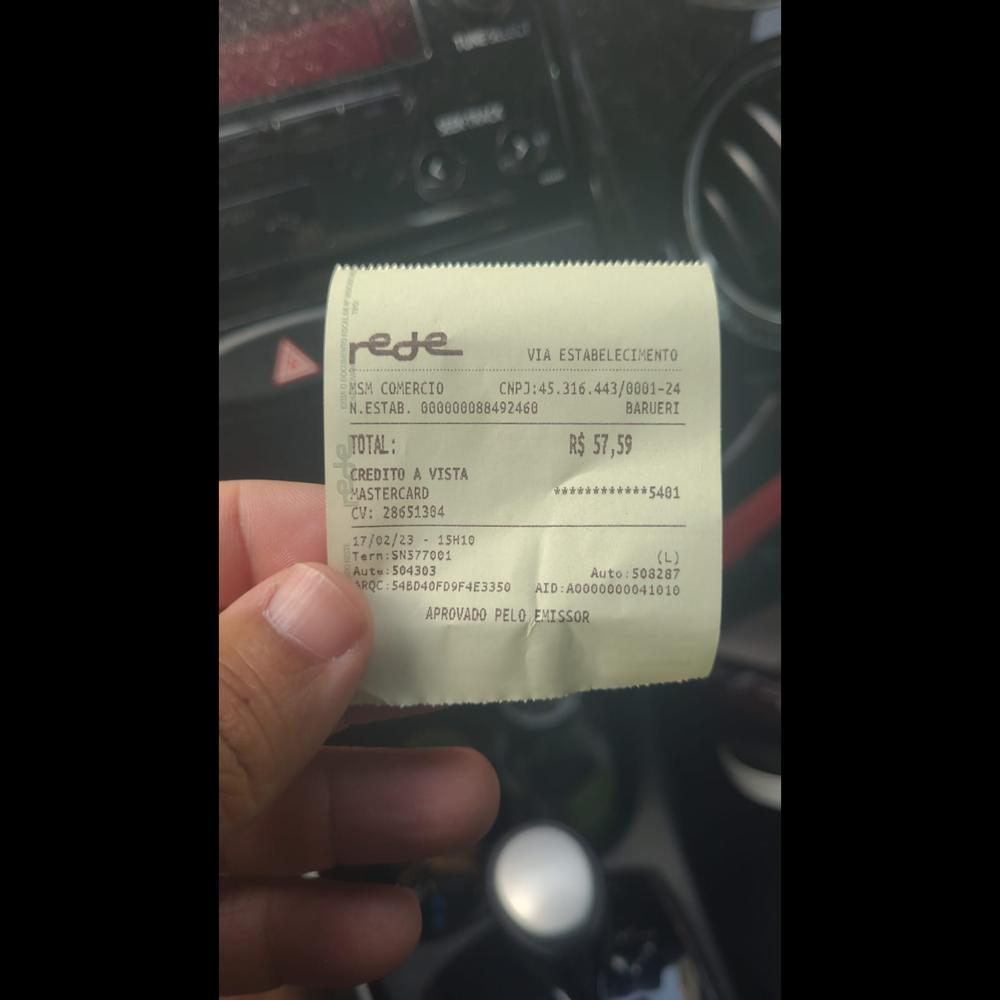
rede MSM COMERCIO N.ESTAB. 000000088492460 TOTAL: CREDITO A VISTA MASTERCARD CV: 28651364 17/02/23 - 15H10 Tern:SN577001 Aute:504303 VIA ESTABELECIMENTO (N2JR45.316.43901-4 BARUERI R$57,59 #**********5401 (L) Auto:508287 XXCL346D40FD9FA4E350 A1D:A00000041010 APROVADO PELO EMISSOR